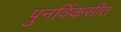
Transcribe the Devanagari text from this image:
पुनर्विकसीत